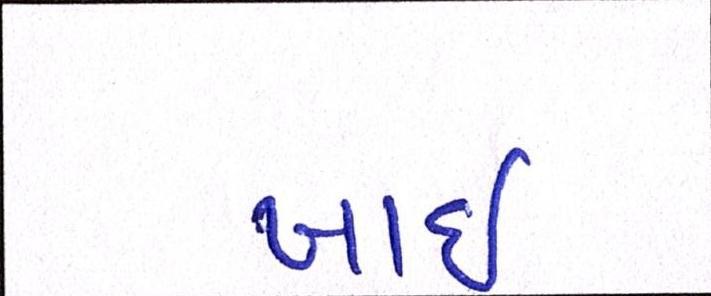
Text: ખાઈ